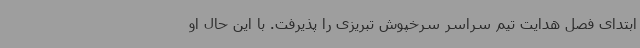
ابتدای فصل هدایت تیم سراسر سرخپوش تبریزی را پذیرفت. با این حال او